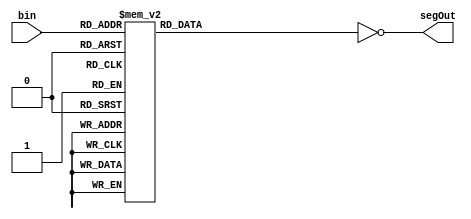
module Bin_to_7Seg(
	input [3:0] bin,
	output [6:0] segOut);
	reg [6:0] seg;
	always @(*)begin
		case(bin) 
			4'd0: seg = 7'b0111111;
			4'd1: seg = 7'b0000110;
			4'd2: seg = 7'b1011011;
			4'd3: seg = 7'b1001111;
			4'd4: seg = 7'b1100110;
			4'd5: seg = 7'b1101101;
			4'd6: seg = 7'b1111101;
			4'd7: seg = 7'b0000111;
			4'd8: seg = 7'b1111111;
			4'd9: seg = 7'b1101111;
			4'd10: seg = 7'b1110111;
			4'd11: seg = 7'b1111100;
			4'd12: seg = 7'b0111001;
			4'd13: seg = 7'b1011110;
			4'd14: seg = 7'b1111100;
			4'd15: seg = 7'b1110001;
		endcase
	end
	assign segOut = ~seg;
endmodule